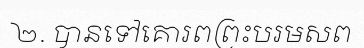
២. បានទៅគោរពព្រះបរមសព